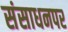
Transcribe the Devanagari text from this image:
संसाधनपर